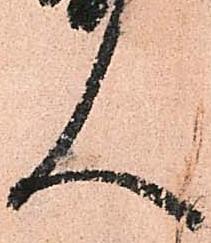
人